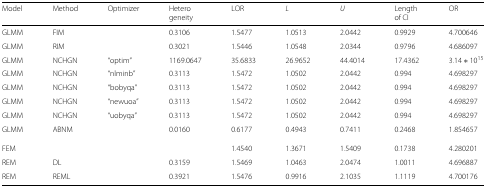
| Model | Method | Optimizer | Hetero | LOR | L | U | Length | OR |
 |  |  |  | geneity |  |  |  | of CI |  |
 | --- | --- | --- | --- | --- | --- | --- | --- | --- |
 | GLMM | FIM |  | 0.3106 | 1.5477 | 1.0513 | 2.0442 | 0.9929 | 4.700646 |
 | GLMM | RIM |  | 0.3021 | 1.5446 | 1.0548 | 2.0344 | 0.9796 | 4.686097 |
 | GLMM | NCHGN | “optim” | 1169.0647 | 35.6833 | 26.9652 | 44.4014 | 17.4362 | 3.14∗1015 |
 | GLMM | NCHGN | “nlminb” | 0.3113 | 1.5472 | 1.0502 | 2.0442 | 0.994 | 4.698297 |
 | GLMM | NCHGN | “bobyqa” | 0.3113 | 1.5472 | 1.0502 | 2.0442 | 0.994 | 4.698297 |
 | GLMM | NCHGN | “newuoa” | 0.3113 | 1.5472 | 1.0502 | 2.0442 | 0.994 | 4.698297 |
 | GLMM | NCHGN | “uobyqa” | 0.3113 | 1.5472 | 1.0502 | 2.0442 | 0.994 | 4.698297 |
 | GLMM | ABNM |  | 0.0160 | 0.6177 | 0.4943 | 0.7411 | 0.2468 | 1.854657 |
 | FEM |  |  |  | 1.4540 | 1.3671 | 1.5409 | 0.1738 | 4.280201 |
 | REM | DL |  | 0.3159 | 1.5469 | 1.0463 | 2.0474 | 1.0011 | 4.696887 |
 | REM | REML |  | 0.3921 | 1.5476 | 0.9916 | 2.1035 | 1.1119 | 4.700176 |